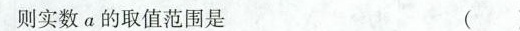
则实数a的取值范围是 ()